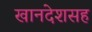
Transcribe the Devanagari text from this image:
खानदेशसह